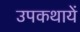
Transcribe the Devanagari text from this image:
उपकथायें